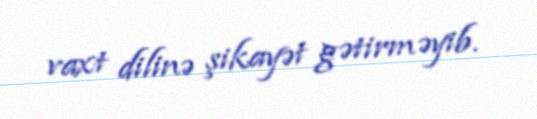
vaxt dilinə şikayət gətirməyib.